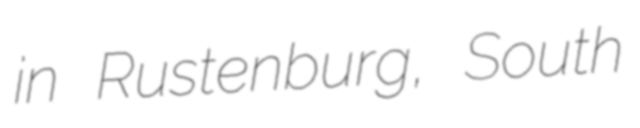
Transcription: in Rustenburg, South